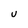
Character: U